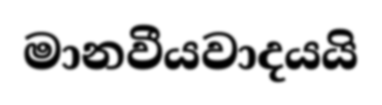
මානවීයවාදයයි